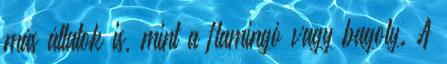
más állatok is, mint a flamingó vagy bagoly. A